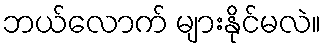
ဘယ်လောက် များနိုင်မလဲ။